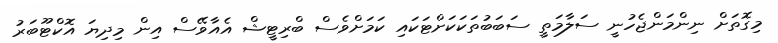
މިގޮތަށް ނިންމަންޖެހުނީ ސަލާމަތީ ސަބަބުތަކަކަށްޓަަކައި ކަމަށްވެސް ބްރިޓީޝް އެއާވޭސް އިން މިދިޔަ އޮކްޓޫބަރު